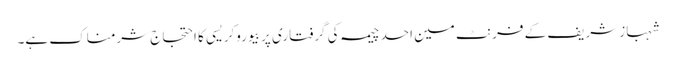
شہباز شریف کے فرنٹ مین احد چیمہ کی گرفتاری پر بیوروکریسی کا احتجاج شرمناک ہے۔